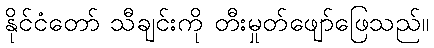
နိုင်ငံတော် သီချင်းကို တီးမှုတ်ဖျော်ဖြေသည်။